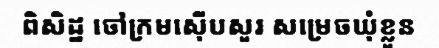
ពិសិដ្ឋ ចៅក្រមស៊ើបសួរ សម្រេចឃុំខ្លួន